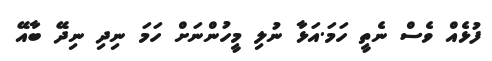
ފުޅެއް ވެސް ނެތީ ހަމަ.އަޅާ ނުލި މީހުންނަށް ހަމަ ނިދި ނިދޭ ބާއޭ